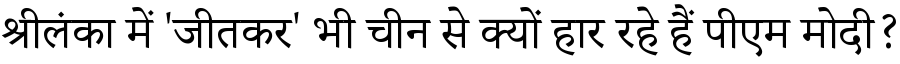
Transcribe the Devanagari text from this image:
श्रीलंका में 'जीतकर' भी चीन से क्यों हार रहे हैं पीएम मोदी?